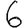
Digit: 6